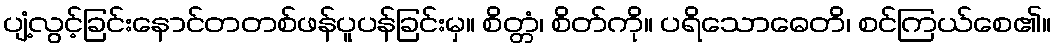
ပျံ့လွင့်ခြင်းနောင်တတစ်ဖန်ပူပန်ခြင်းမှ။ စိတ္တံ၊ စိတ်ကို။ ပရိသောဓေတိ၊ စင်ကြယ်စေ၏။